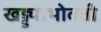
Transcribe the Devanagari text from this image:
खड्ड्याभोवती